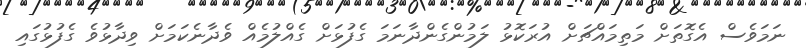
ނަމަވެސް އެގޮތަށް މަތިމައްޗަށް އުރަކޮޅު ލަމުންގެންދާނަމަ ގެފުޅަށް ގެއްލުމެއް ވެދާނެކަމަށް ވިދާޅުވެ ގެފުޅުގައި